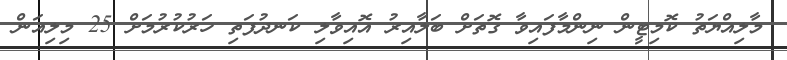
މާލިއްޔަތު ކޮމިޓީން ނިންމާފައިވާ ގޮތަށް ބަލާއިރު އޮއިވާލި ކަނދުފަތި ހަރުކުރުމަށް 25 މިލިއަން